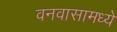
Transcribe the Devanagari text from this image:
वनवासामध्ये